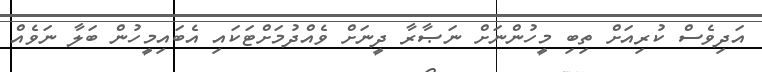
އަދިވެސް ކުރިއަށް ތިބި މީހުންނަށް ނަޞާރާ ދީނަށް ވެއްދުމަށްޓަކައި އެބައިމީހުން ބަލާ ނަވެއް